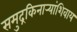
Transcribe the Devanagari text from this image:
समुद्रकिनार्‍यांशिवाय